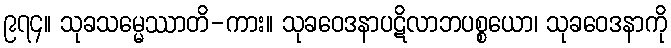
၉၇၄။ သုခသမ္မေဿာတိ-ကား။ သုခဝေဒနာပဋိလာဘပစ္စယော၊ သုခဝေဒနာကို